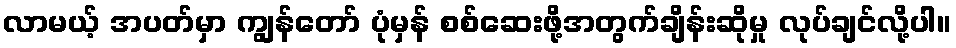
လာမယ့် အပတ်မှာ ကျွန်တော် ပုံမှန် စစ်ဆေးဖို့အတွက်ချိန်းဆိုမှု လုပ်ချင်လို့ပါ။